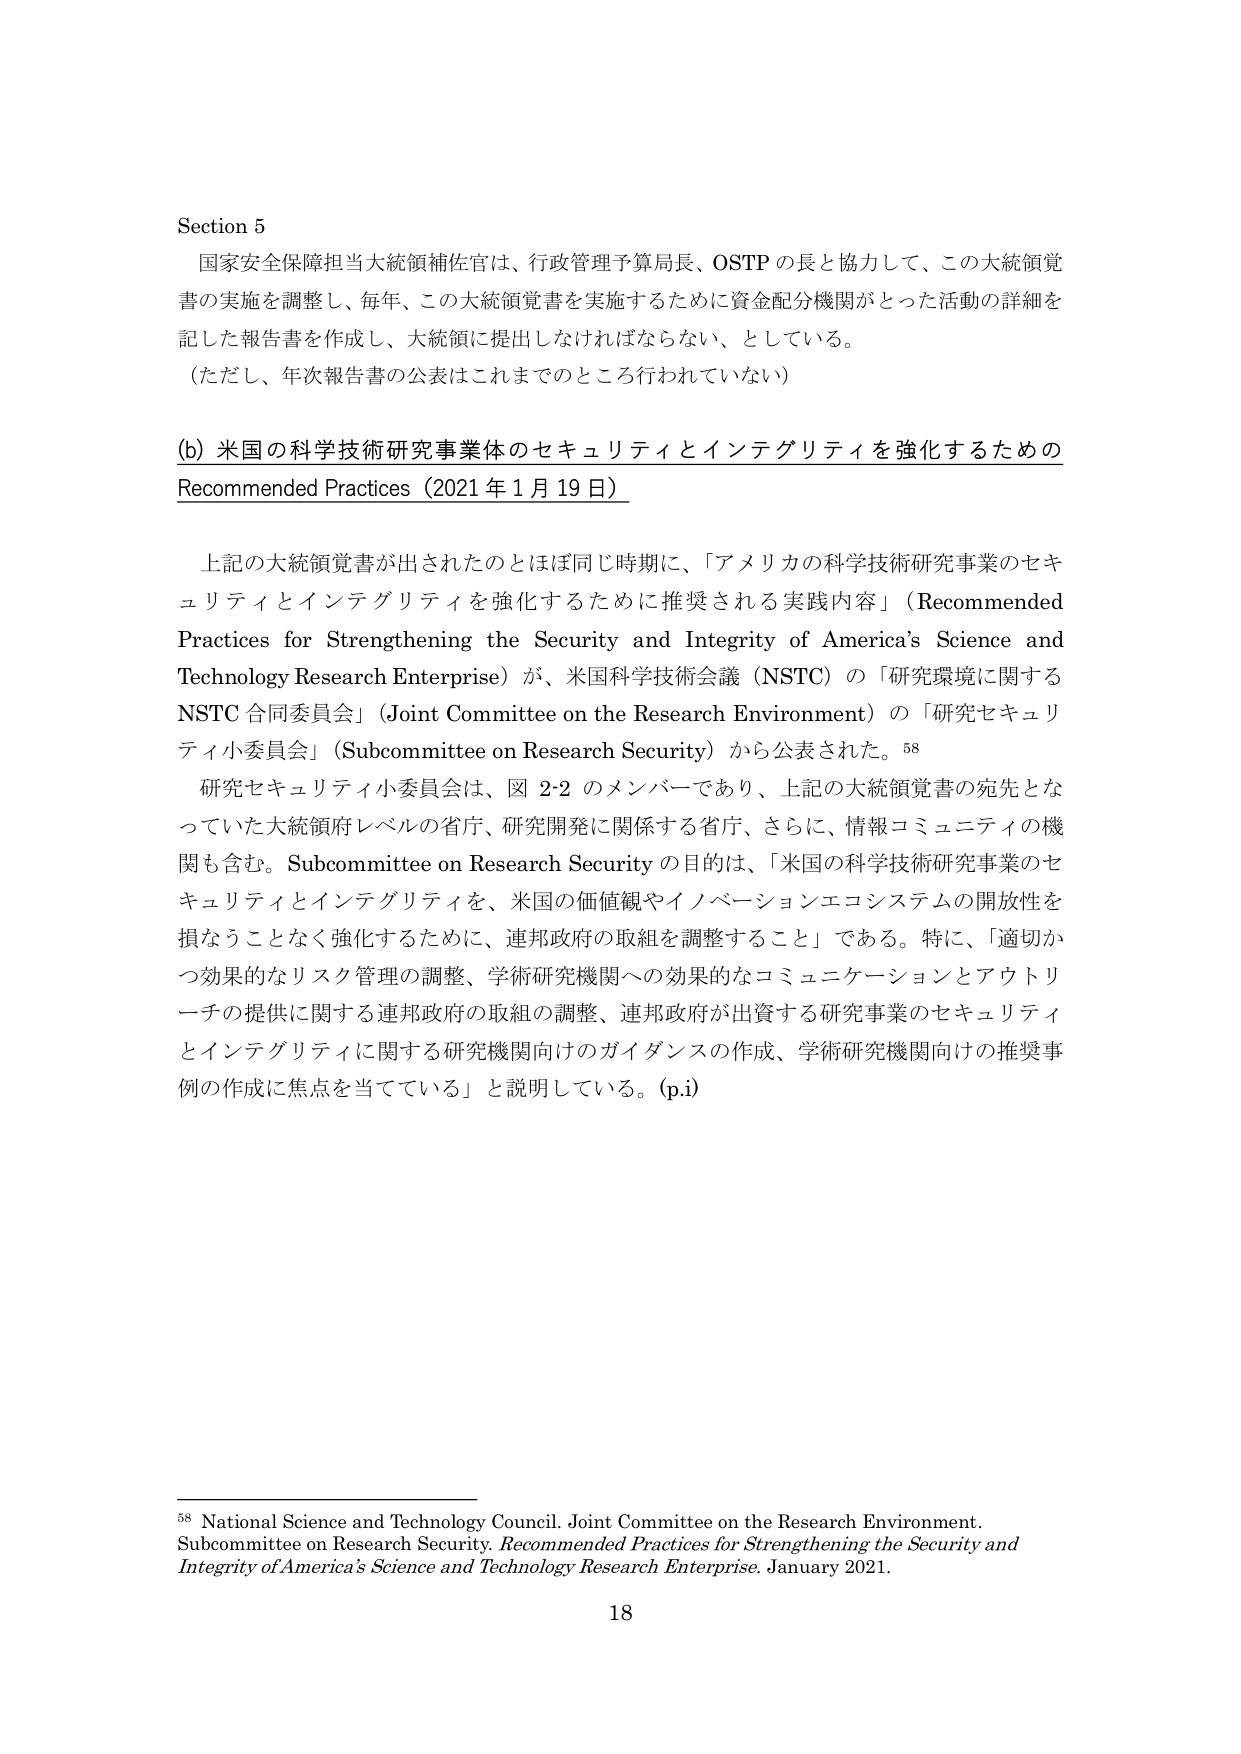
Section 5
国家安全保障担当大統領補佐官は、行政管理予算局長、OSTP の長と協力して、この大統領覚書の実施を調整し、毎年、この大統領覚書を実施するために資金配分機関がとった活動の詳細を記した報告書を作成し、大統領に提出しなければならない、としている。
（ただし、年次報告書の公表はこれまでのところ行われていない）

(b) 米国の科学技術研究事業体のセキュリティとインテグリティを強化するための
Recommended Practices（2021 年 1 月 19 日）

上記の大統領覚書が出されたのとほぼ同じ時期に、「アメリカの科学技術研究事業のセキュリティとインテグリティを強化するために推奨される実践内容」（Recommended Practices for Strengthening the Security and Integrity of America’s Science and Technology Research Enterprise）が、米国科学技術会議（NSTC）の「研究環境に関する NSTC 合同委員会」（Joint Committee on the Research Environment）の「研究セキュリティ小委員会」（Subcommittee on Research Security）から公表された。⁵⁸
研究セキュリティ小委員会は、図 2-2 のメンバーであり、上記の大統領覚書の宛先となっていた大統領府レベルの省庁、研究開発に関係する省庁、さらに、情報コミュニティの機関も含む。Subcommittee on Research Security の目的は、「米国の科学技術研究事業のセキュリティとインテグリティを、米国の価値観やイノベーションエコシステムの開放性を損なうことなく強化するために、連邦政府の取組を調整すること」である。特に、「適切かつ効果的なリスク管理の調整、学術研究機関への効果的なコミュニケーションとアウトリーチの提供に関する連邦政府の取組の調整、連邦政府が出資する研究事業のセキュリティとインテグリティに関する研究機関向けのガイダンスの作成、学術研究機関向けの推奨事例の作成に焦点を当てている」と説明している。（p.i）

⁵⁸ National Science and Technology Council. Joint Committee on the Research Environment. Subcommittee on Research Security. Recommended Practices for Strengthening the Security and Integrity of America’s Science and Technology Research Enterprise. January 2021.
18